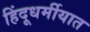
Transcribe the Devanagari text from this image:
हिंदूधर्मीयात